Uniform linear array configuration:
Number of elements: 4
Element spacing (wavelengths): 0.25
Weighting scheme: cosine
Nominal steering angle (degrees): -30
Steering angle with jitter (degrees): -29.007
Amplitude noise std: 0.05
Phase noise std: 0.05

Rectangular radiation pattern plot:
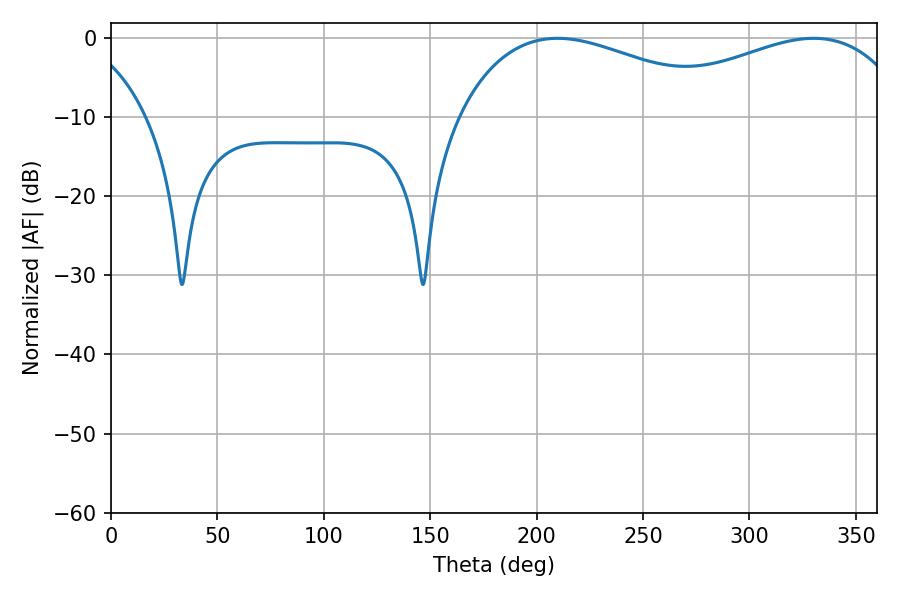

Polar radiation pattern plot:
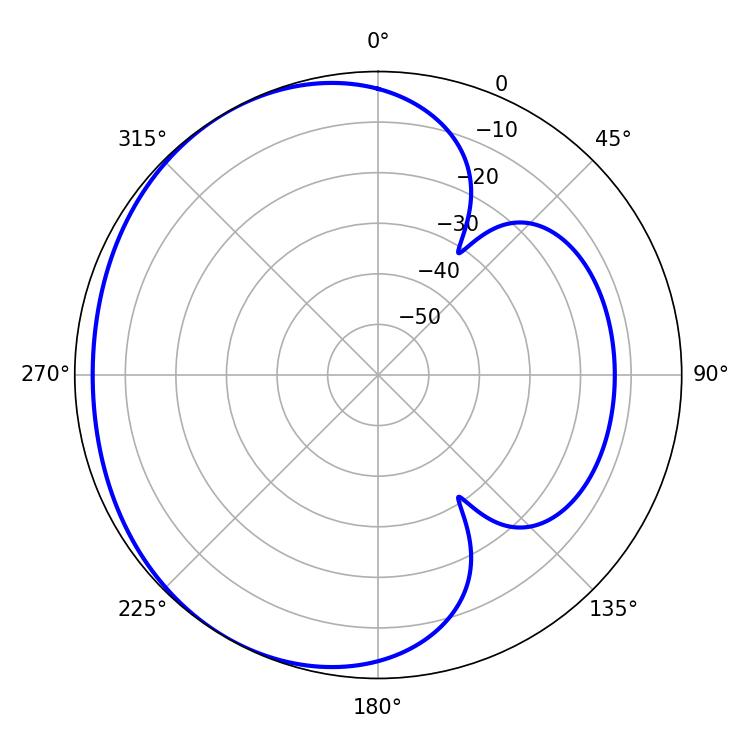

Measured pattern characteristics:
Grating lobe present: FALSE
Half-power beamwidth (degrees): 72.72
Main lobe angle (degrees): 209.88